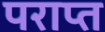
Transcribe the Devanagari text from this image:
पराप्त